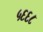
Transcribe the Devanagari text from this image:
५६६८